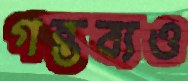
গন্তব্যও